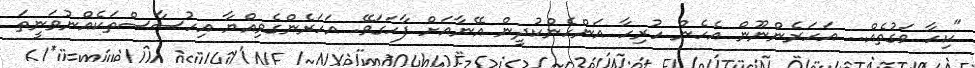
"ކިހާ ވަގުތެއް... އަހަރެންނޫން އެހެން ހުރިހާ އަންހެންކުދީން އޭނާއަށް ފާހަގަވޭ. އަހަރެންގެވިއްޔާ އިހުސާސްތަކެއްނުވަނީތަ